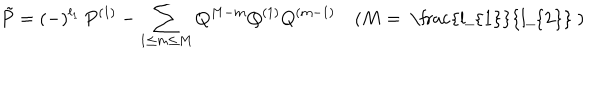
LaTeX: \tilde { P } = ( - ) ^ { l _ { 1 } } \, P ^ { ( 1 ) } - \sum _ { 1 \leq m \leq M } Q ^ { M - m } Q ^ { ( 1 ) } Q ^ { ( m - 1 ) } \quad ( M = \mathrm { ~ \frac { l _ { 1 } } { l _ { 2 } } ~ } )